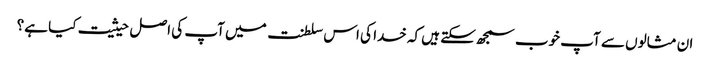
ان مثالوں سے آپ خوب سمجھ سکتے ہیں کہ خدا کی اس سلطنت میں آپ کی اصل حیثیت کیا ہے؟